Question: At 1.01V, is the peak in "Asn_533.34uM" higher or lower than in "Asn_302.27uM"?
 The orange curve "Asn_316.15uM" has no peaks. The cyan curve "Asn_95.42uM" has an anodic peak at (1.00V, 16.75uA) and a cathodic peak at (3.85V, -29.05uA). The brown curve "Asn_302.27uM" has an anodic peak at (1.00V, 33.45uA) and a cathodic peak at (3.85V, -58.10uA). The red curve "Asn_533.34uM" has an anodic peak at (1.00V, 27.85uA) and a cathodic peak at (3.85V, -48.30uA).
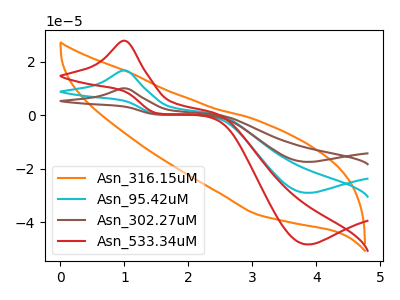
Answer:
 <answer>The peak at 1.01V is lower in "Asn_533.34uM" than in "Asn_302.27uM".</answer>
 <eval>lower</eval>